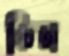
কিল